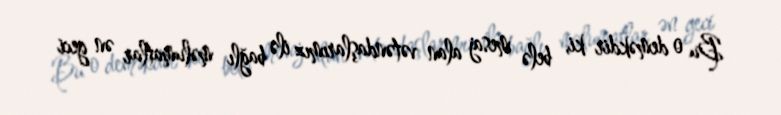
Bu o deməkdir ki, belə mesaj alan vətəndaşlarımız ilə bağlı məlumatlar ən geci